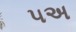
૫અ